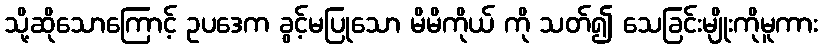
သို့ဆိုသောကြောင့် ဥပဒေက ခွင့်မပြုသော မိမိကိုယ် ကို သတ်၍ သေခြင်းမျိုးကိုမူကား